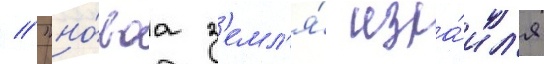
// "но́ваа з'емл'я́ изра́ил'я